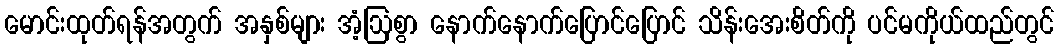
မောင်းထုတ်ရန်အတွက် အနှစ်များ အံ့ဩစွာ နောက်နောက်ပြောင်ပြောင် သိန်းအေးစိတ်ကို ပင်မကိုယ်ထည်တွင်